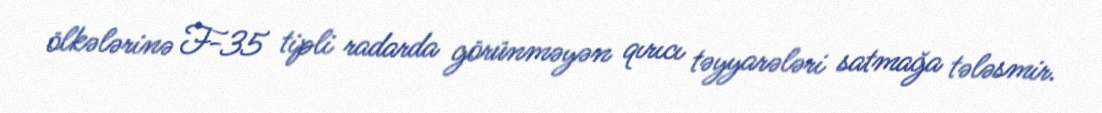
ölkələrinə F-35 tipli radarda görünməyən qırıcı təyyarələri satmağa tələsmir.